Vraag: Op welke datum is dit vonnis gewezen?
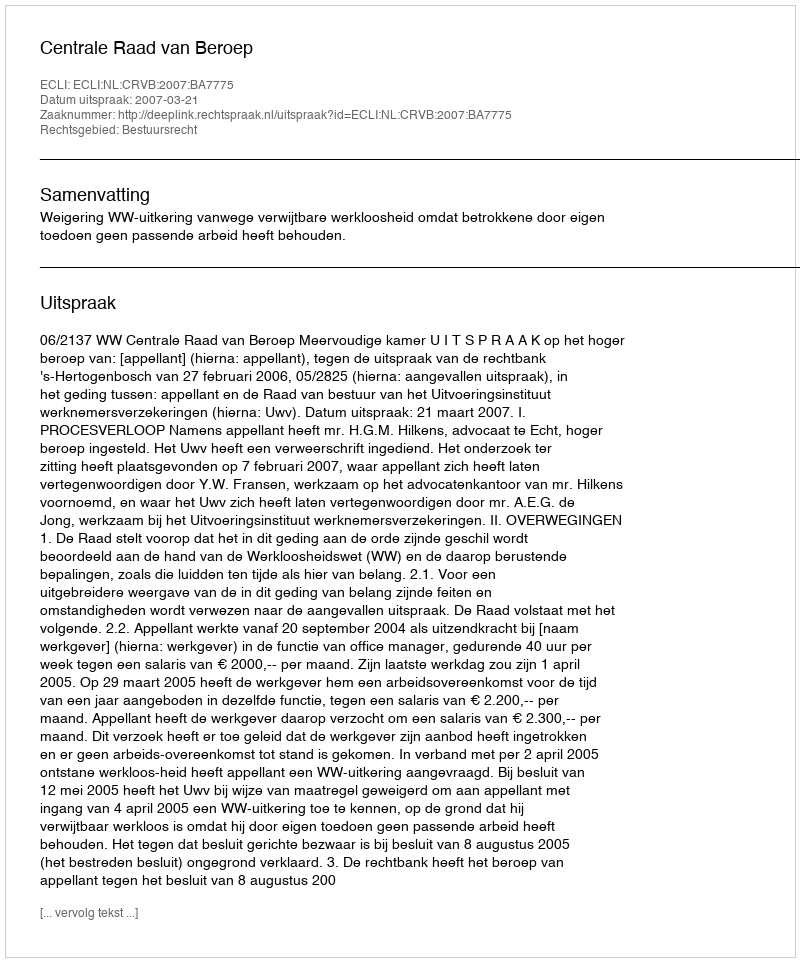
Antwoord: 2007-03-21